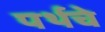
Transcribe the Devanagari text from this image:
पर्थचे